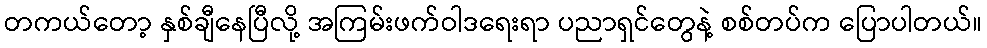
တကယ်တော့ နှစ်ချီနေပြီလို့ အကြမ်းဖက်ဝါဒရေးရာ ပညာရှင်တွေနဲ့ စစ်တပ်က ပြောပါတယ်။